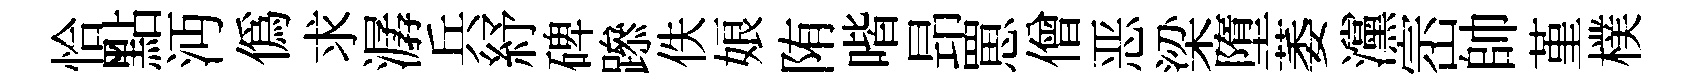
恰點沔偽求潺兵紓碑𨅶佚娘陏喈昻罳僧恶梁墮萎灙崈帥堇樸